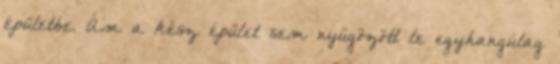
épületbe. Ám a kész épület sem nyűgözött le egyhangúlag